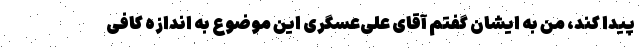
پیدا کند، من به ایشان گفتم آقای علی‌عسگری این موضوع به اندازه کافی